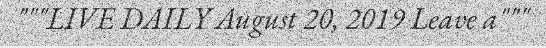
"""LIVE DAILY August 20, 2019 Leave a"""